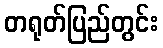
တရုတ်ပြည်တွင်း